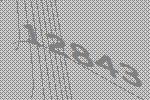
12843